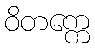
ဝိတက္ကေ